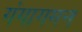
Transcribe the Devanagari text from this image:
गंगागमन